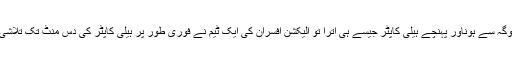
شیموگہ سے ہوناور پہنچے ہیلی کاپٹر جیسے ہی اترا تو الیکشن افسران کی ایک ٹیم نے فوری طور پر ہیلی کاپٹر کی دس منٹ تک تلاشی لی۔